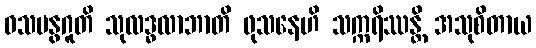
ဝသမနွဂူတိ သုလဒ္ဓလာဘာတိ ဖုသနေဟိ သက္ကရိဿန္တိ အသုစိတာယ